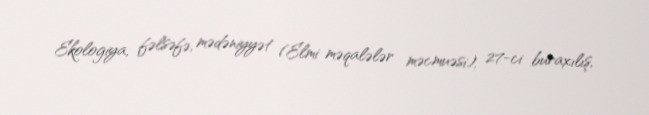
Ekologiya, fəlsəfə, mədəniyyət (Elmi məqalələr məcmuəsi), 27-ci buraxılış,